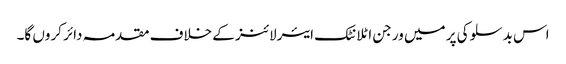
اس بدسلوکی پر میں ورجن اٹلانٹک ایئرلائنز کے خلاف مقدمہ دائر کروں گا۔